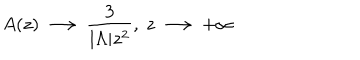
LaTeX: A ( z ) \, \longrightarrow \, \frac { 3 } { | { \Lambda } | z ^ { 2 } } , ~ z \, \longrightarrow \, + \infty